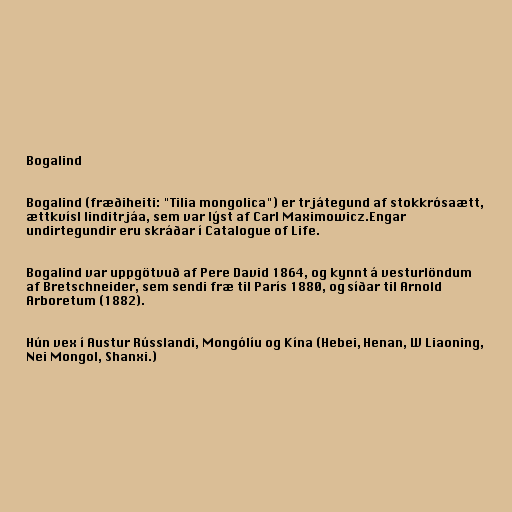
Bogalind

Bogalind (fræðiheiti: "Tilia mongolica") er trjátegund af stokkrósaætt,
ættkvísl linditrjáa, sem var lýst af Carl Maximowicz.Engar
undirtegundir eru skráðar í Catalogue of Life.

Bogalind var uppgötvuð af Pere David 1864, og kynnt á vesturlöndum
af Bretschneider, sem sendi fræ til París 1880, og síðar til Arnold
Arboretum (1882).

Hún vex í Austur Rússlandi, Mongólíu og Kína (Hebei, Henan, W Liaoning,
Nei Mongol, Shanxi.)